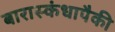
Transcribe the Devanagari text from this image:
बारास्कंधापैकी